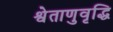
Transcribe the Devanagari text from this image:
श्वेताणुवृद्धि